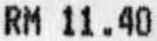
RM 11.40